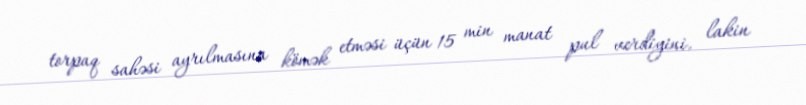
torpaq sahəsi ayrılmasına kömək etməsi üçün 15 min manat pul verdiyini, lakin